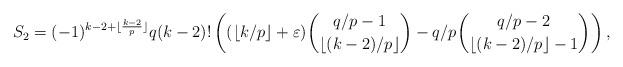
LaTeX: \begin{align*}S_2 = (-1)^{k-2+\lfloor\frac{k-2}{p}\rfloor}q(k-2)! \left( (\lfloor k/p\rfloor+\varepsilon)\binom{q/p-1}{\lfloor (k-2)/p\rfloor}-q/p\binom{q/p-2}{\lfloor (k-2)/p\rfloor-1} \right),\end{align*}